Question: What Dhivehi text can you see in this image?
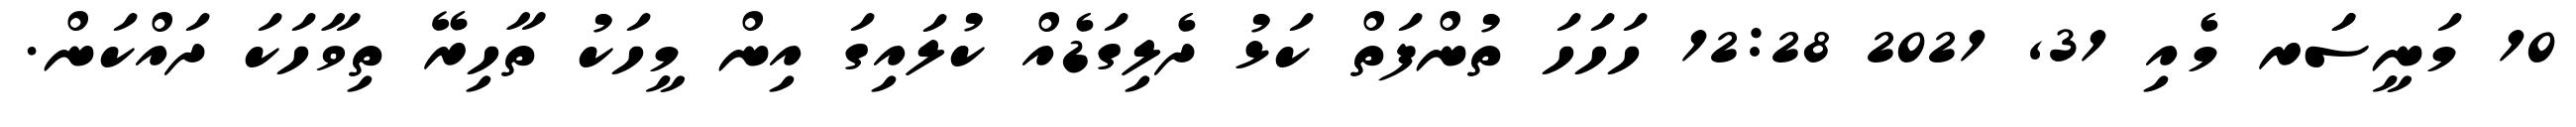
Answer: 10 މަނީސަަރ މެއި 31, 2021 12:28 ހަހަހަ ތުންފަތް ކަޅު ދެލިގަޑެއް ކުލައިގަ އިން މީހަކު ތާހިރޭ ތިވާހަކަ ދައްކަން.